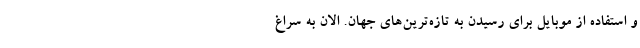
و استفاده از موبایل برای رسیدن به تازه‌ترین‌های جهان. الان به سراغ